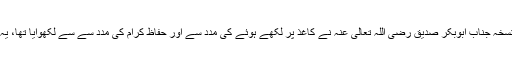
(حوالہ نیچے دیکھیں) یہ نسخہ جناب ابوبکر صدیق رضی اللہ تعالی عنہ نے کاغذ پر لکھے ہوئے کی مدد سے اور حفاظ کرام کی مدد سے سے لکھوایا تھا، یہ کام زید بن ثابت نے کیا ۔